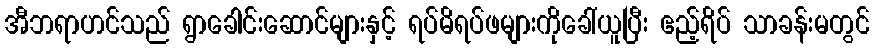
အီဘရာဟင်သည် ရွာခေါင်းဆောင်များနှင့် ရပ်မိရပ်ဖများကိုခေါ်ယူပြီး ဧည့်ရိပ် သာခန်းမတွင်